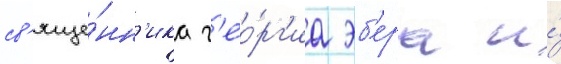
св'яще́нн'ика г'ео́рг'иа эб'ера и́